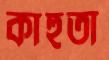
কাহুতা